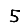
Digit: 5